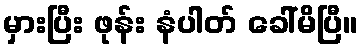
မှားပြီး ဖုန်း နံပါတ် ခေါ်မိပြီ။